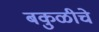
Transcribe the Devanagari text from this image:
बकुळीचे